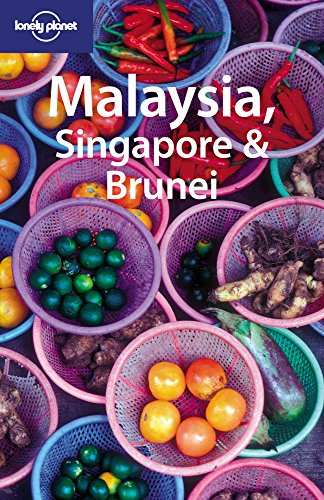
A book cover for Lonely Planet Malaysia Singapore & Brunei (Country Travel Guide); Simon Richmond; Travel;